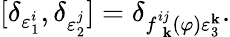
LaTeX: \lbrack\delta_{\varepsilon_{1}^{i}},\delta_{\varepsilon_{2}^{j}}]=\delta_{f_{\ \ \mathbf{k}}^{ij}(\varphi)\varepsilon_{3}^{\mathbf{k}}}.